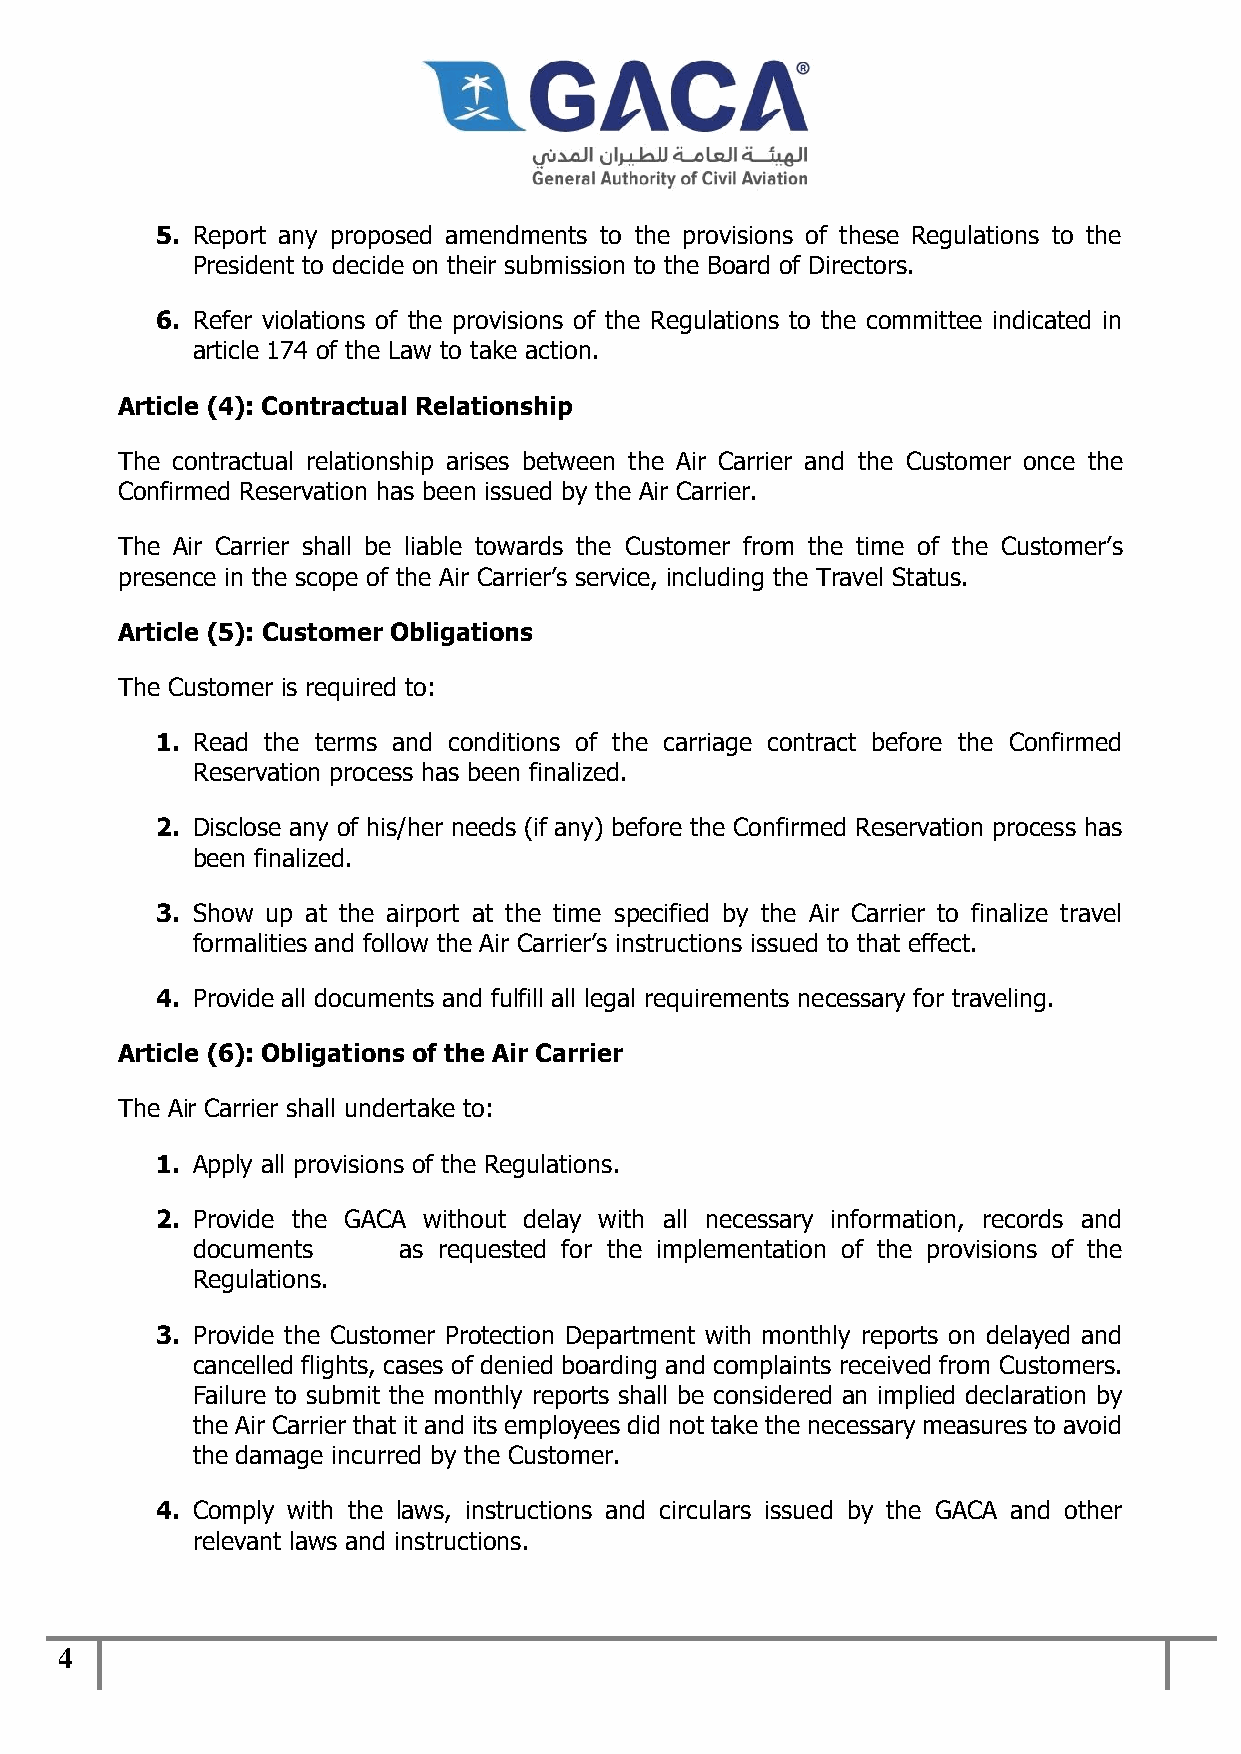
5. Report any proposed amendments to the provisions of these Regulations to the
 President to decide on their submission to the Board of Directors.
 6. Refer violations of the provisions of the Regulations to the committee indicated in
 article 174 of the Law to take action.
 Article (4): Contractual Relationship
 The contractual relationship arises between the Air Carrier and the Customer once the
 Confirmed Reservation has been issued by the Air Carrier.
 The Air Carrier shall be liable towards the Customer from the time of the Customer’s
 presence in the scope of the Air Carrier’s service, including the Travel Status.
 Article (5): Customer Obligations
 The Customer is required to:
 1. Read the terms and conditions of the carriage contract before the Confirmed
 Reservation process has been finalized.
 2. Disclose any of his/her needs (if any) before the Confirmed Reservation process has
 been finalized.
 3. Show up at the airport at the time specified by the Air Carrier to finalize travel
 formalities and follow the Air Carrier’s instructions issued to that effect.
 4. Provide all documents and fulfill all legal requirements necessary for traveling.
 Article (6): Obligations of the Air Carrier
 The Air Carrier shall undertake to:
 1. Apply all provisions of the Regulations.
 2. Provide the GACA without delay with all necessary information, records and
 documents    as requested for the implementation of the provisions of the
 Regulations.
 3. Provide the Customer Protection Department with monthly reports on delayed and
 cancelled flights, cases of denied boarding and complaints received from Customers.
 Failure to submit the monthly reports shall be considered an implied declaration by
 the Air Carrier that it and its employees did not take the necessary measures to avoid
 the damage incurred by the Customer.
 4. Comply with the laws, instructions and circulars issued by the GACA and other
 relevant laws and instructions.
 4